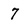
Character: 7